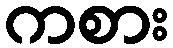
ကစား